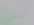
أعمى